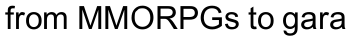
from MMORPGs to gara